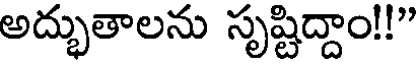
అద్భుతాలను సృష్టిద్దాం!!"